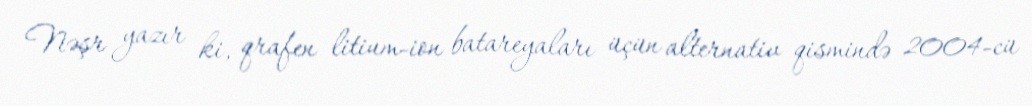
Nəşr yazır ki, qrafen litium-ion batareyaları üçün alternativ qismində 2004-cü